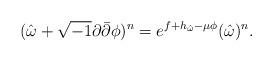
LaTeX: \begin{align*}(\hat\omega+\sqrt{-1}\partial\bar\partial\phi)^n=e^{f+h_{\hat\omega}-\mu\phi}(\hat\omega)^n.\end{align*}